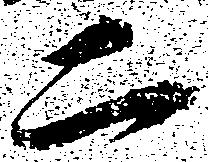
二